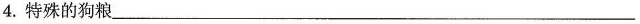
4.特殊的狗粮___